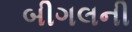
બીગલની